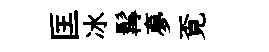
匡冰髯夣覔